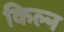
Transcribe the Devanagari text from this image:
किल्न